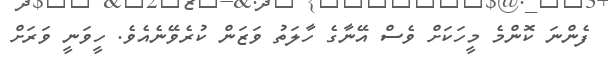
ފެންނަ ކޮންމެ މީހަކަށް ވެސް އޭނާގެ ހާލަތު ވަޒަން ކުރެވޭނެއެވެ. ހީވަނީ ވަރަށް